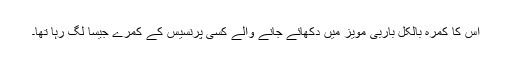
اُس کا کمرہ بالکل باربی مویز میں دکھائے جانے والے کسی پرنسیس کے کمرے جیسا لگ رہا تھا۔